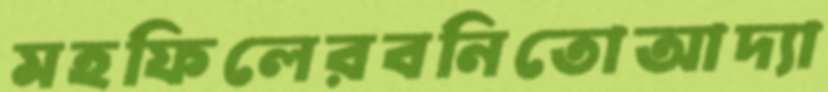
মহফিলেরবনিতোআদ্যা